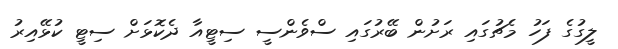
ލީގުގެ ފަހު މެޗުގައި ރަށުން ބޭރުގައި ސްވެންސީ ސިޓީއާ ދެކޮޅަށް ސިޓީ ކުޅޭއިރު